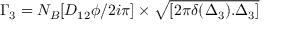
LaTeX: \Gamma _ { 3 } = N _ { B } [ D _ { 1 2 } \phi / { 2 i \pi } ] \times { \sqrt { [ 2 \pi \delta ( \Delta _ { 3 } ) . \Delta _ { 3 } ] } }